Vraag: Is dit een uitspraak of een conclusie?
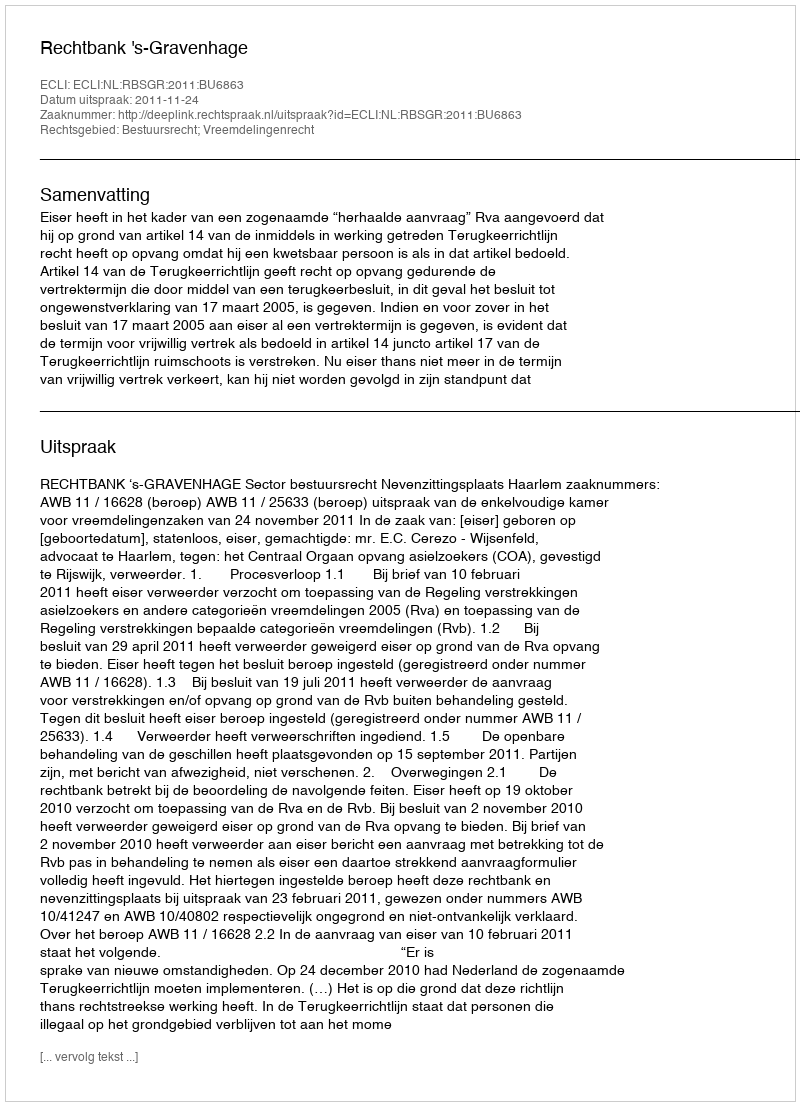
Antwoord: Uitspraak